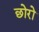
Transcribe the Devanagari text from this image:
छोरो